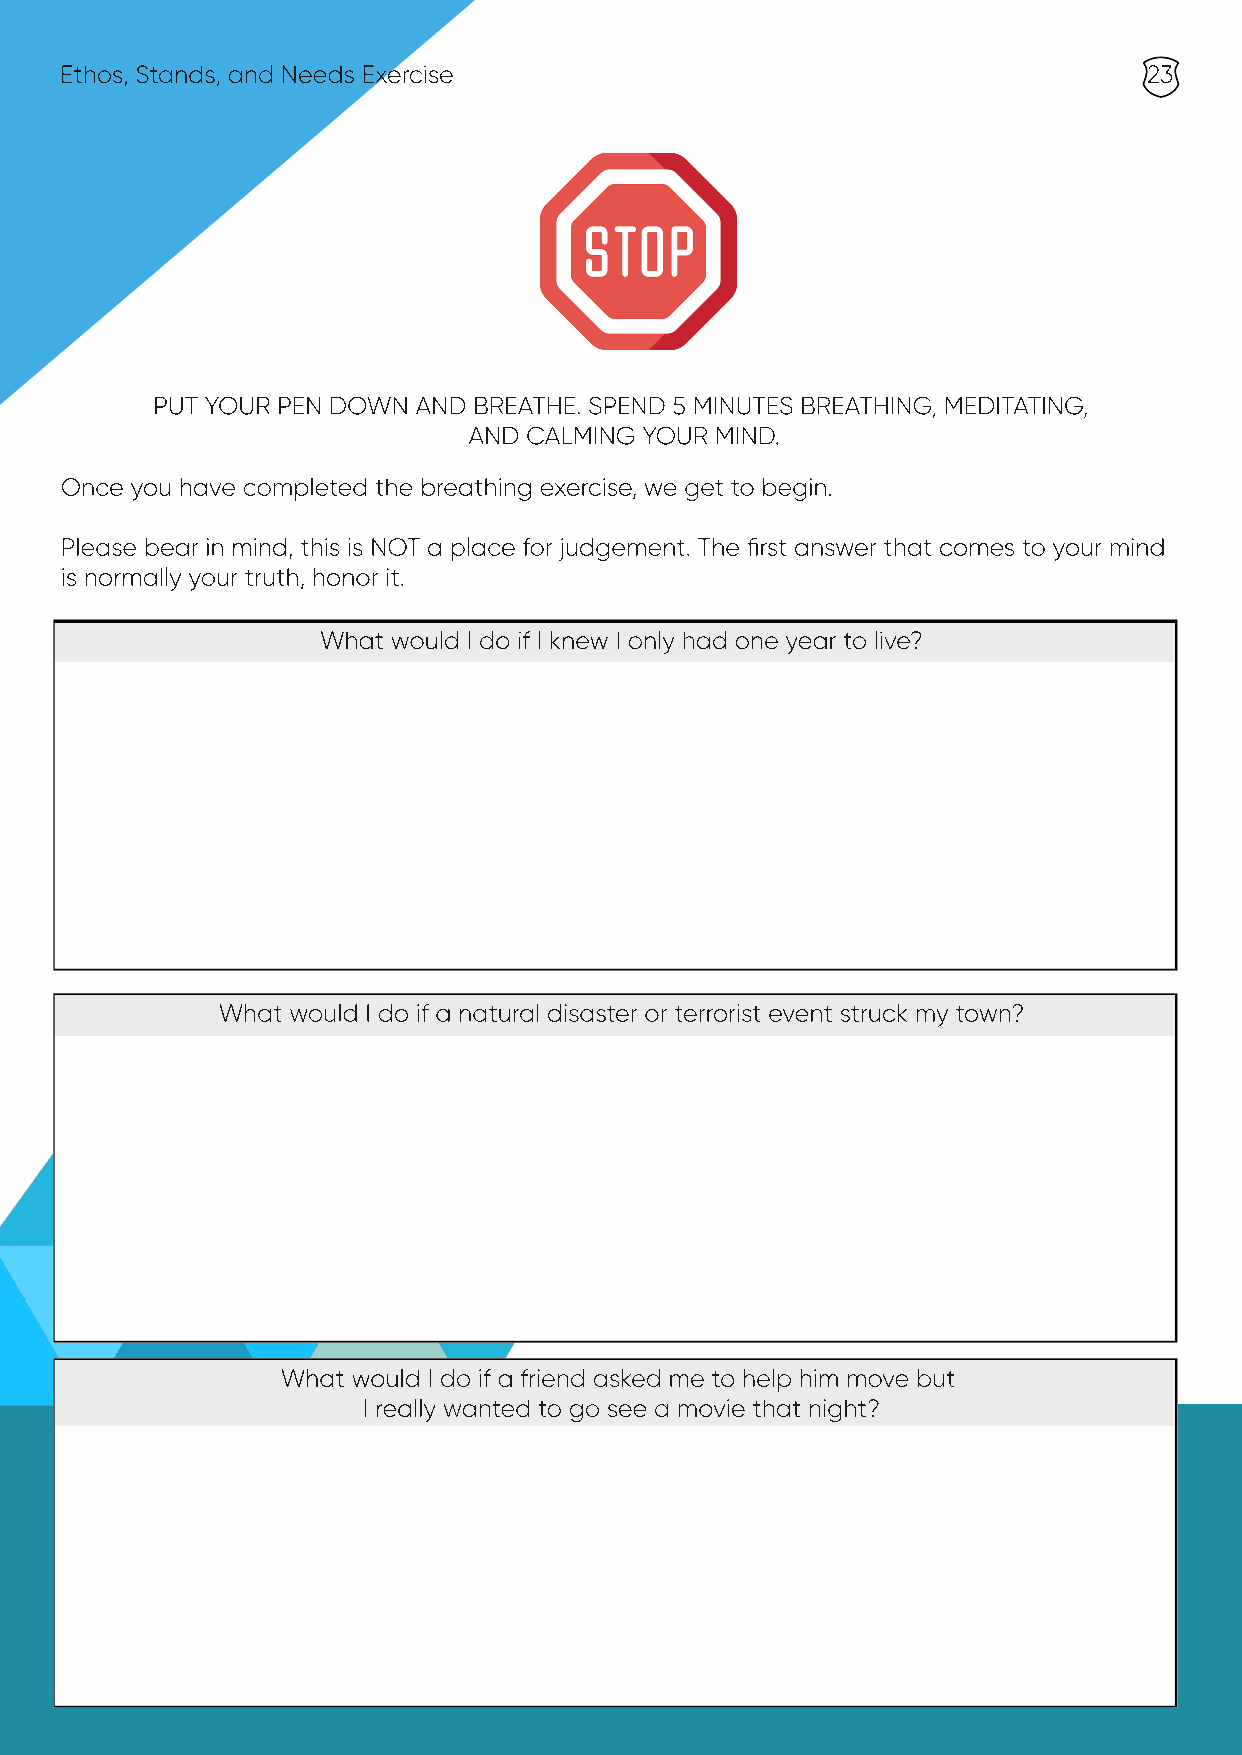
Ethos, Stands, and Needs Exercise                                       23
 PUT YOUR PEN DOWN AND BREATHE. SPEND 5 MINUTES BREATHING, MEDITATING,
 AND CALMING YOUR MIND.
 Once you have completed the breathing exercise, we get to begin.
 Please bear in mind, this is NOT a place for judgement. The first answer that comes to your mind
 is normally your truth, honor it.
 What would I do if I knew I only had one year to live?
 What would I do if a natural disaster or terrorist event struck my town?
 What would I do if a friend asked me to help him move but
 I really wanted to go see a movie that night?